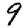
Digit: 9